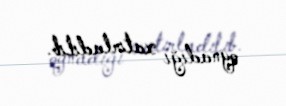
oynadığı xatırladılıb.